65_HS1-834228961_62-HQ-83894_Section_6
Agency: FBI
Page 198
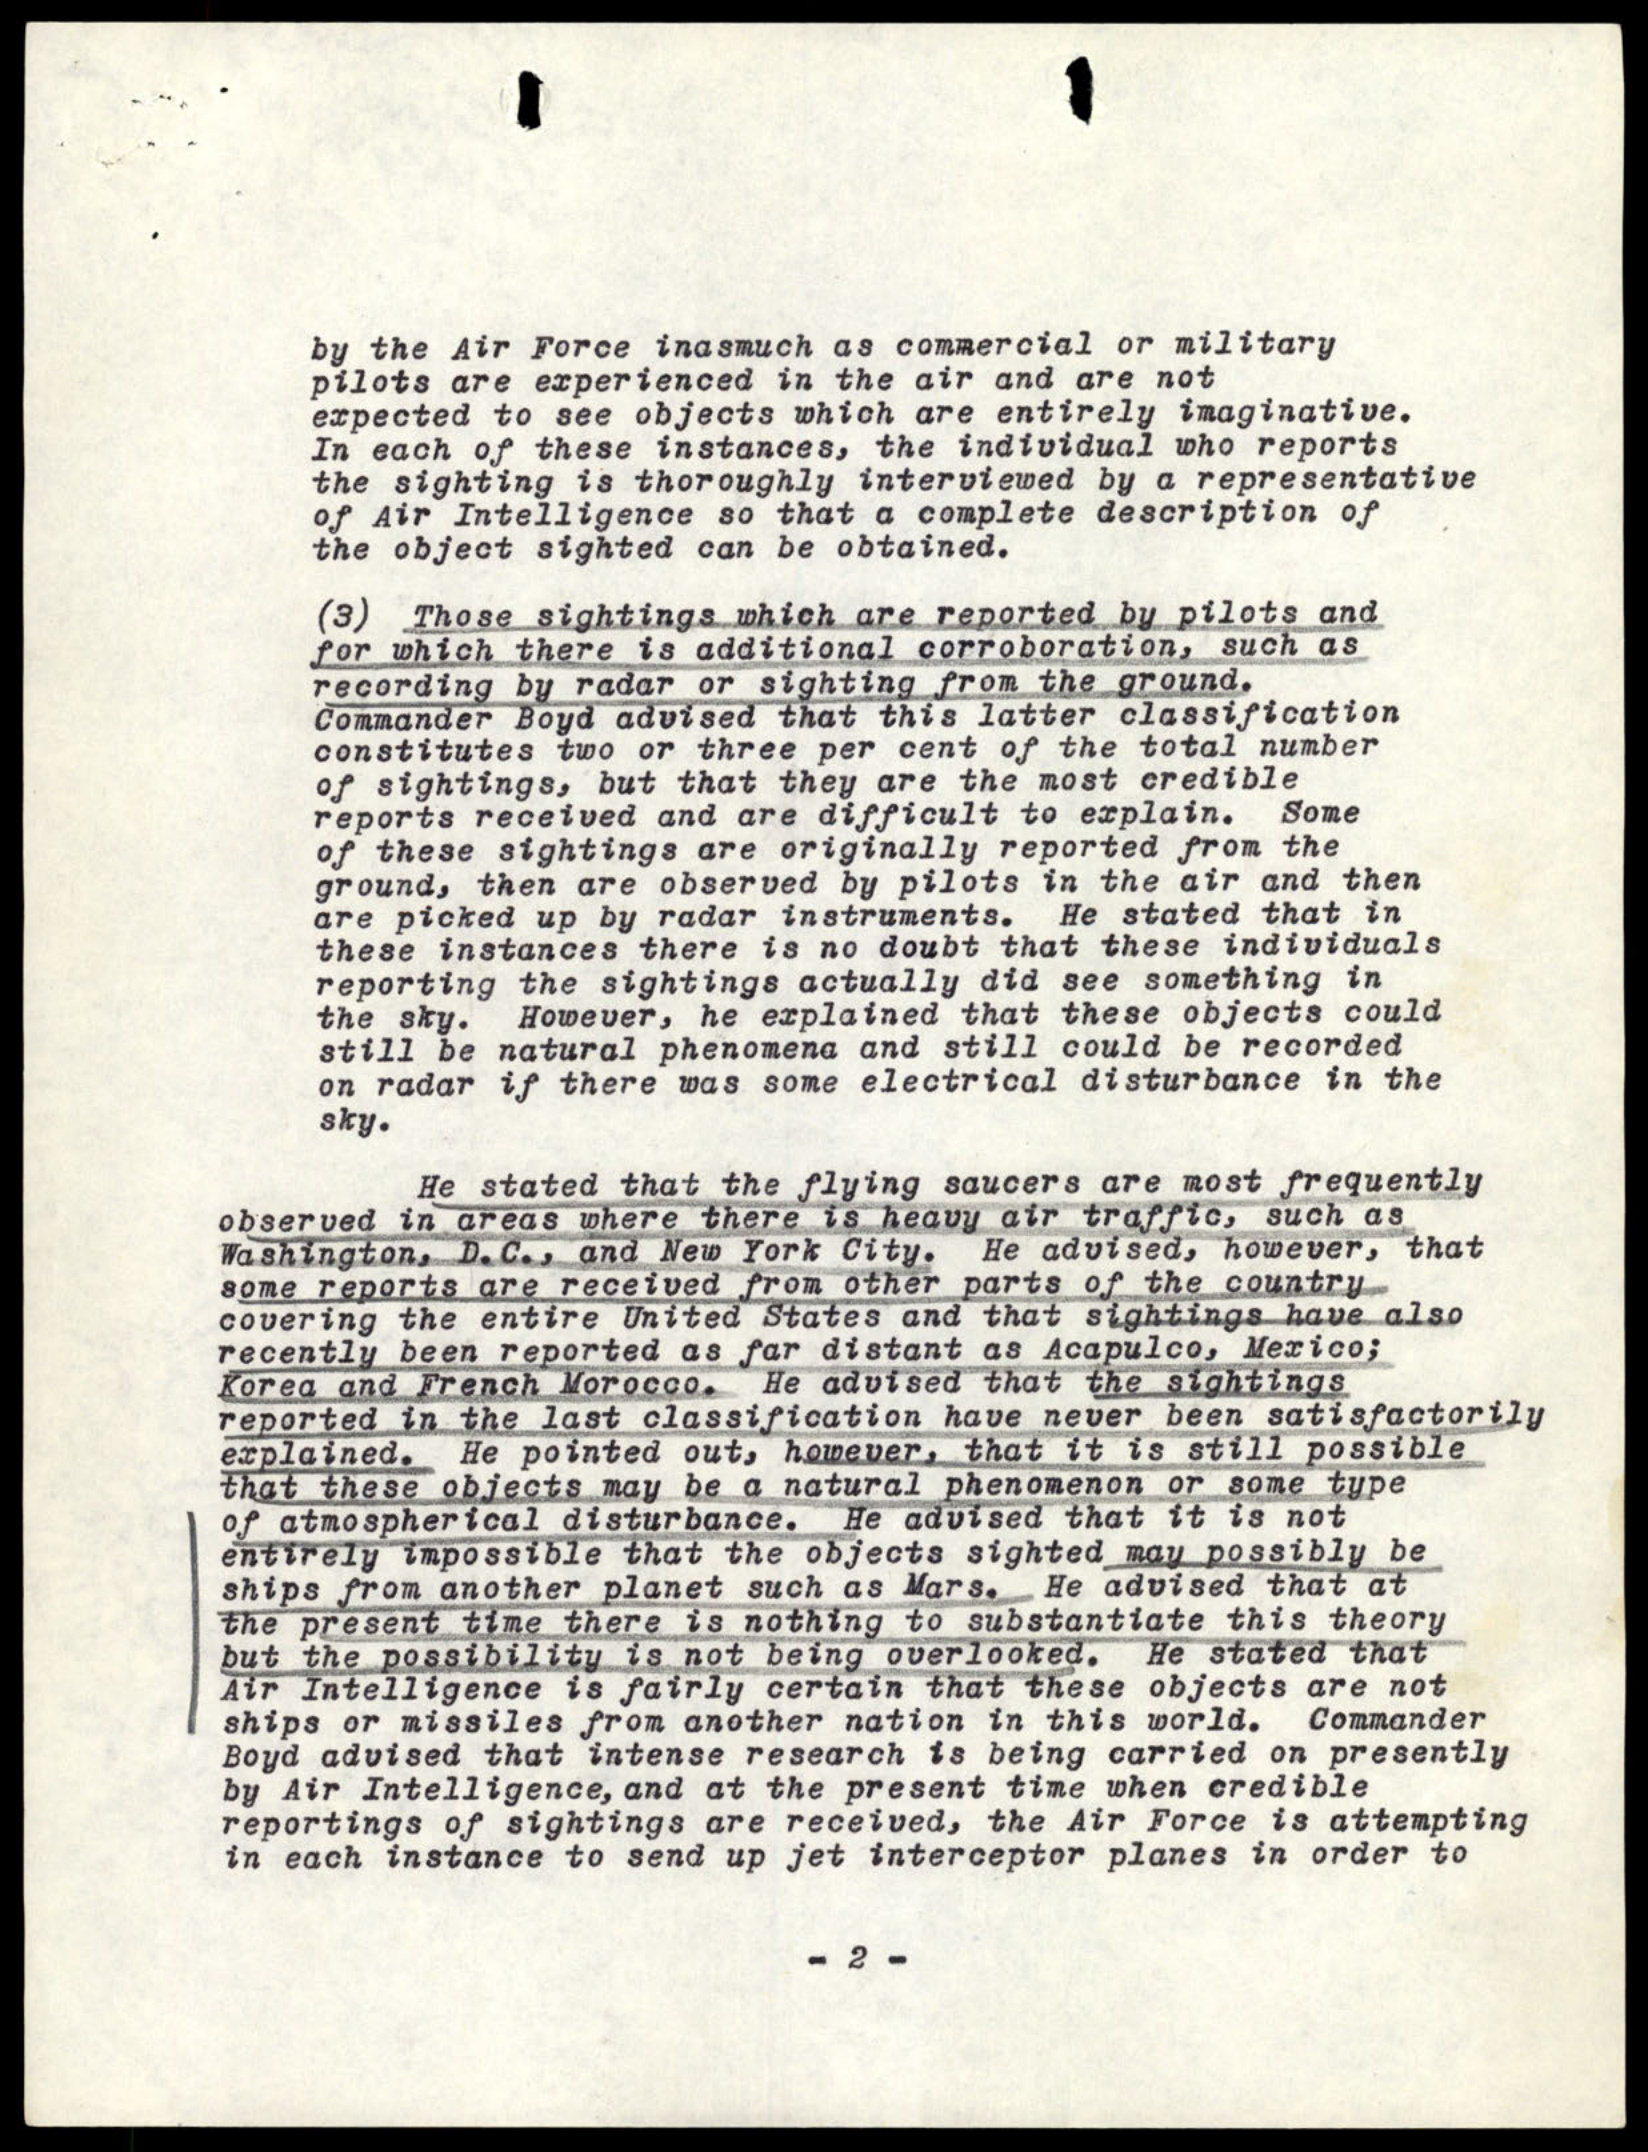